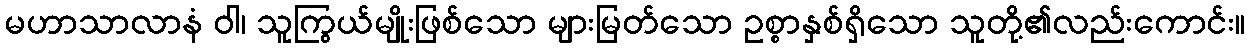
မဟာသာလာနံ ဝါ၊ သူကြွယ်မျိုးဖြစ်သော များမြတ်သော ဥစ္စာနှစ်ရှိသော သူတို့၏လည်းကောင်း။